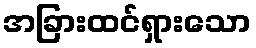
အခြားထင်ရှားသော